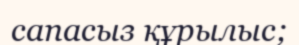
сапасыз құрылыс;